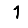
Digit: 1